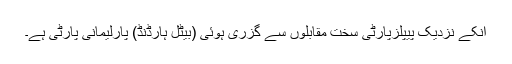
انکے نزدیک پیپلزپارٹی سخت مقابلوں سے گزری ہوئی (بیٹل ہارڈنڈ) پارلیمانی پارٹی ہے۔